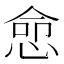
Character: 㥐